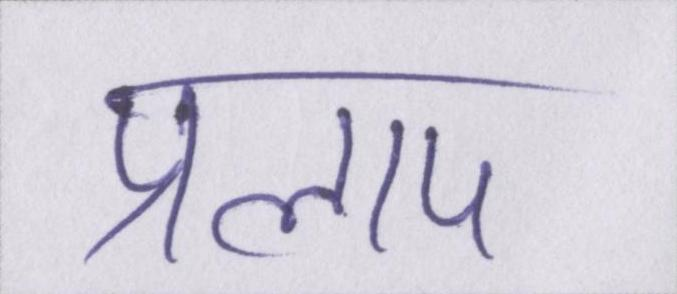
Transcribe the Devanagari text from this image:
प्रलाप